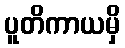
ပူတိကာယမှိ